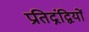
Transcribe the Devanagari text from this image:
प्रतिद्नंद्वियों